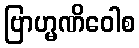
ဗြာဟ္မဏိဝေါစ